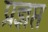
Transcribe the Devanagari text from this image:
प्रज्ञप्त